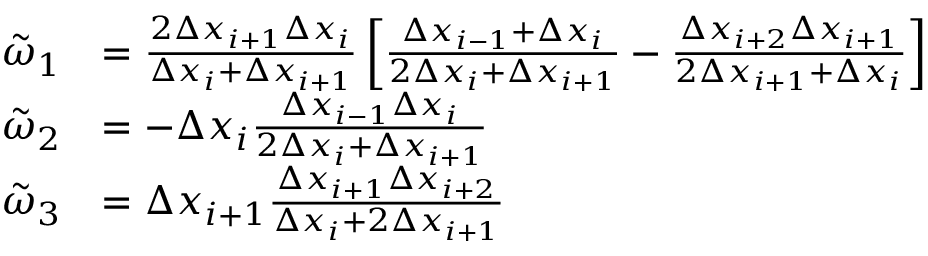
\begin{array} { r l } { \tilde { \omega } _ { 1 } } & { = \frac { 2 \Delta x _ { i + 1 } \Delta x _ { i } } { \Delta x _ { i } + \Delta x _ { i + 1 } } \left[ \frac { \Delta x _ { i - 1 } + \Delta x _ { i } } { 2 \Delta x _ { i } + \Delta x _ { i + 1 } } - \frac { \Delta x _ { i + 2 } \Delta x _ { i + 1 } } { 2 \Delta x _ { i + 1 } + \Delta x _ { i } } \right] } \\ { \tilde { \omega } _ { 2 } } & { = - \Delta x _ { i } \frac { \Delta x _ { i - 1 } \Delta x _ { i } } { 2 \Delta x _ { i } + \Delta x _ { i + 1 } } } \\ { \tilde { \omega } _ { 3 } } & { = \Delta x _ { i + 1 } \frac { \Delta x _ { i + 1 } \Delta x _ { i + 2 } } { \Delta x _ { i } + 2 \Delta x _ { i + 1 } } } \end{array}